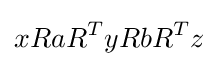
xRaR^{T}yRbR^{T}z